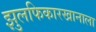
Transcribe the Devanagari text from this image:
झुलफिकारखानाला